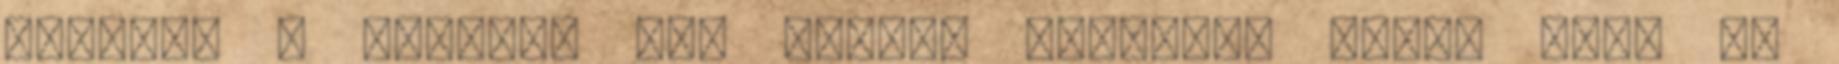
bebukod a hitelt, még mindig ugyanott vagy, mint az